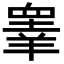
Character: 𭿓